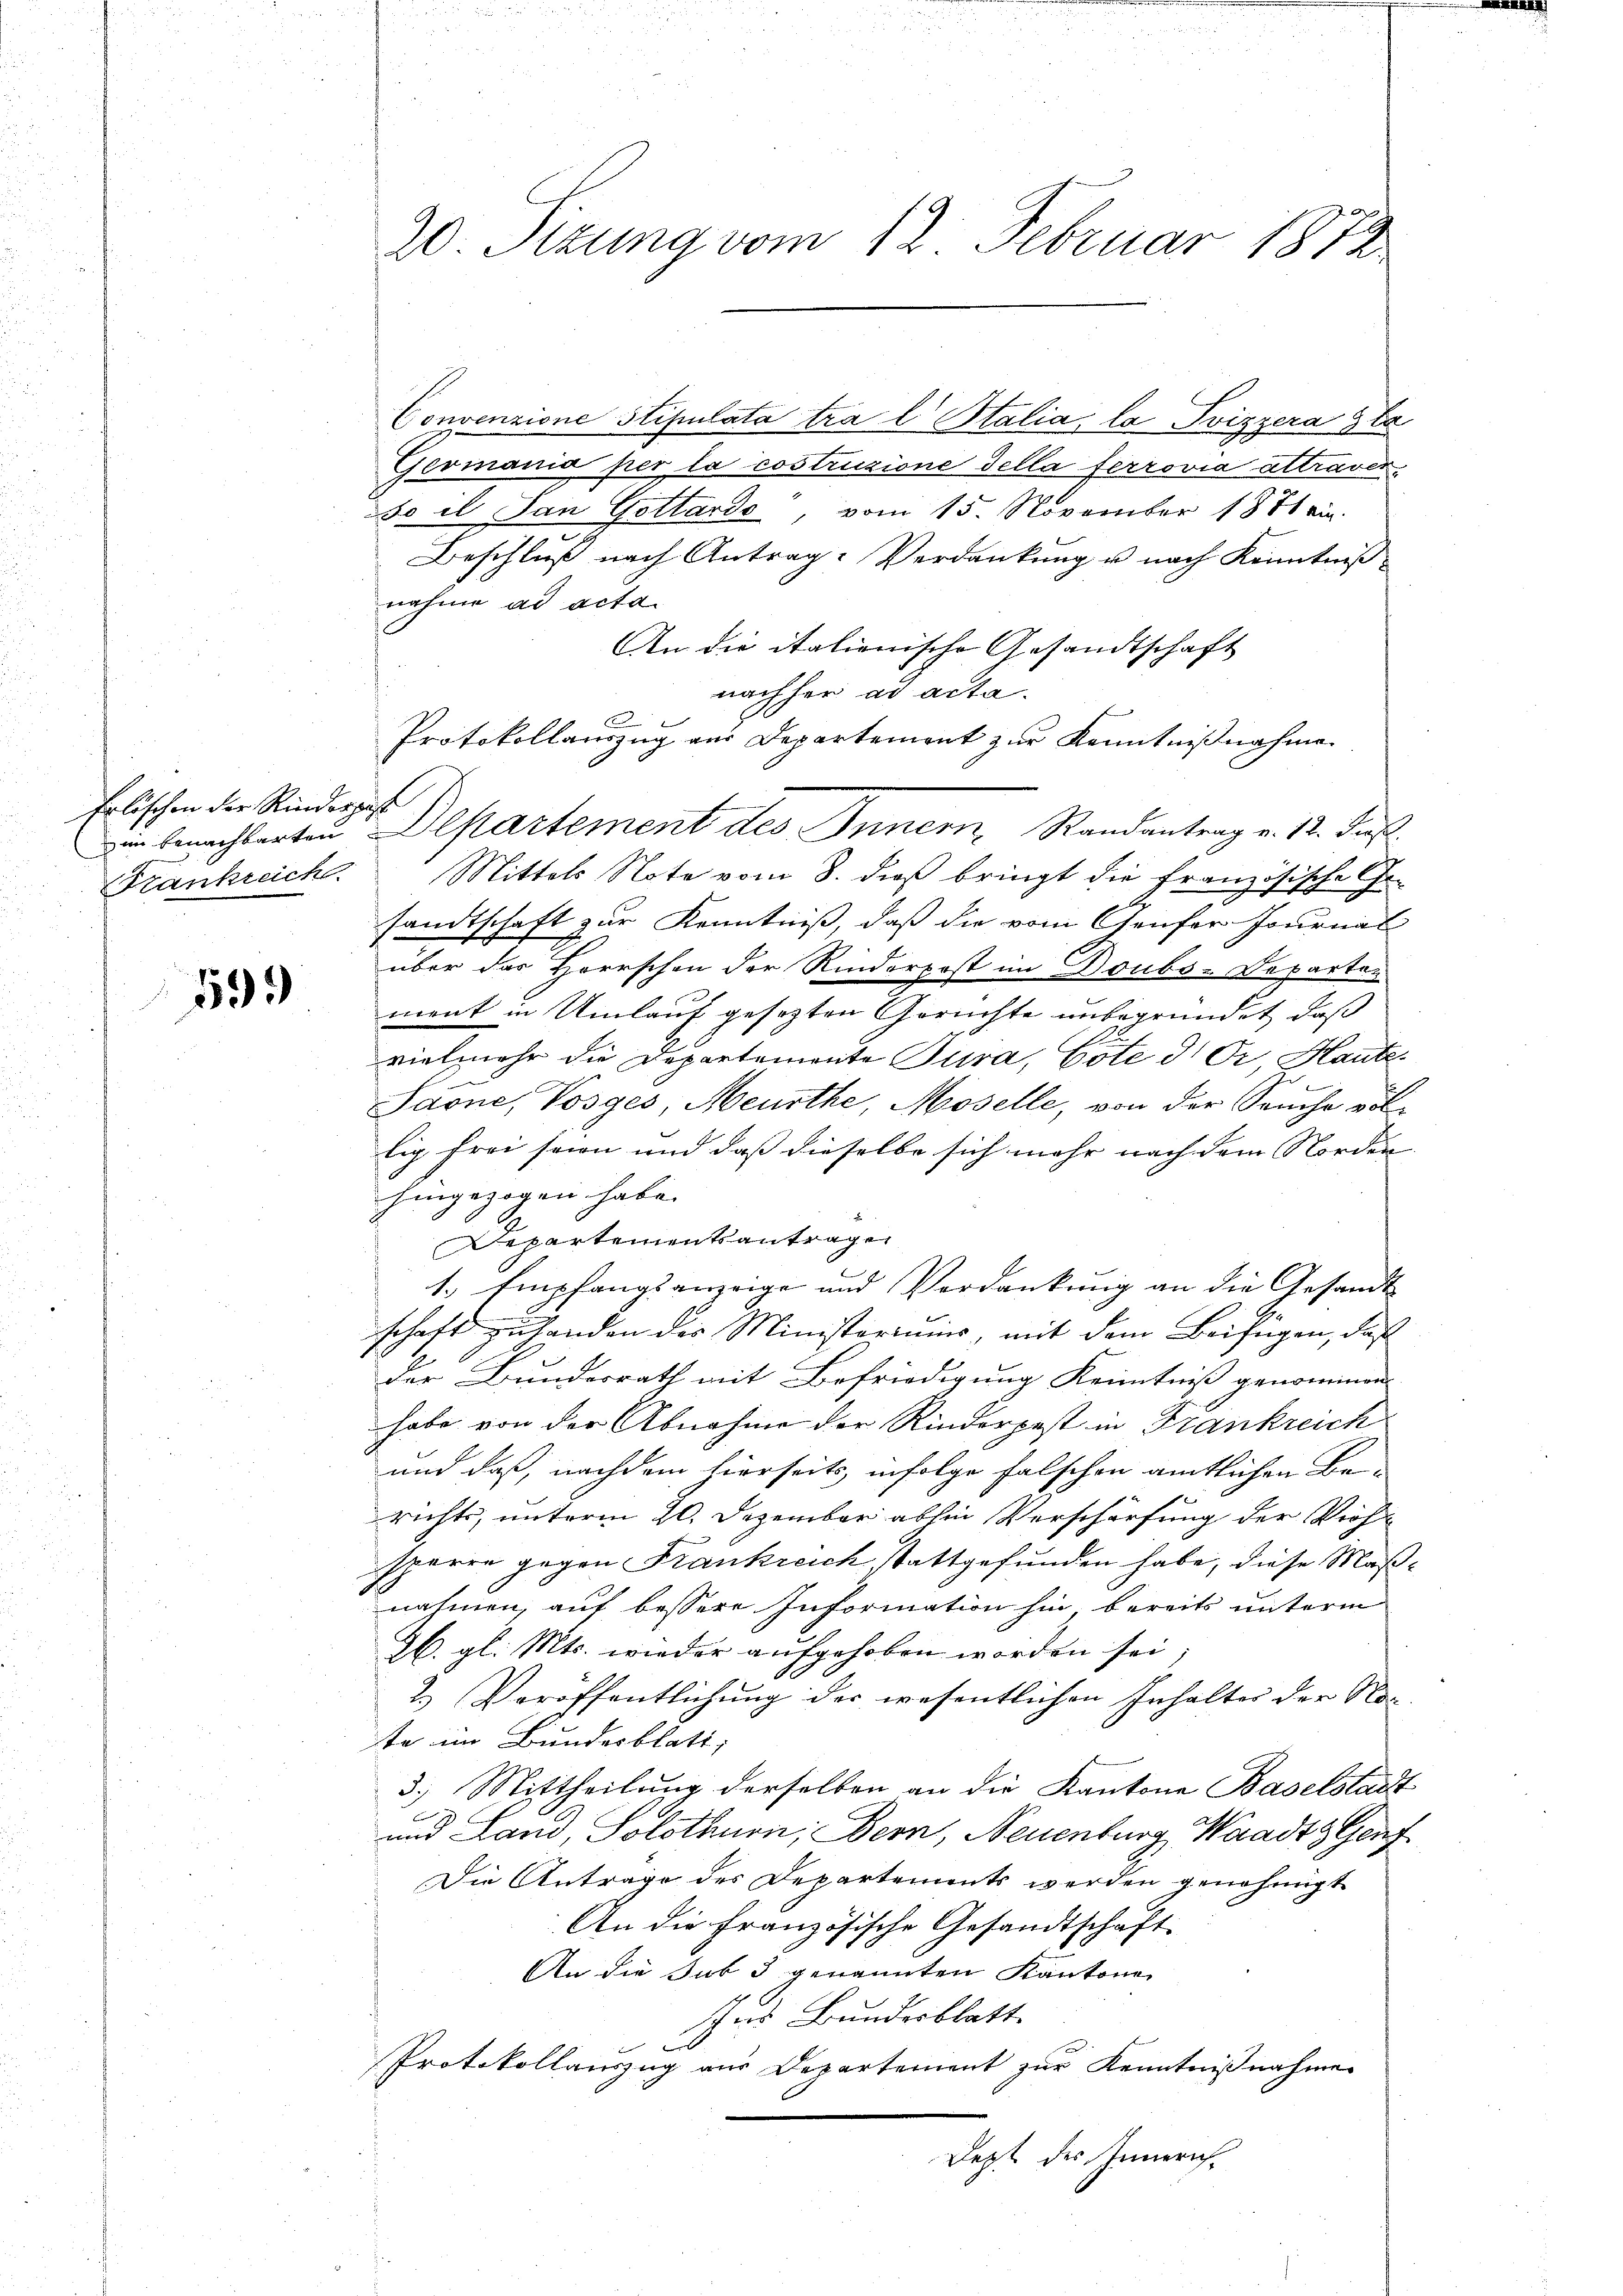
Erlischen der Rinderst
Frankreicht.

599

20. Sizung vom 12. Februar 1872.

Convenzione Stipulata tra l Stalia, la Svizzera gla
Germania per la costruzione della ferrovia attraverdo il San Gottardo, vom 15. November 1871 ein.
Beschluß nach Antrag: Verdankung u nach Kenntniß
nahme ad acta
An die italienische Gesandtschaft
nachher ad acta.
Protokollauszug aus Departement zur Kenntnißnahme
ein benachbarten Departement des Innern, Randantrag v. 12. Fuß.
Mittels Note vom 8. dieß bringt die französische Ge-
sandtschaft zur Kenntniß, daß die vom Genfer Journal
über das Herrschen der Rinderpost im Doubs-Departen
ment in Umlauf gesezten Gerichte unbegründet, daß
vielmehr die Departemente Jura, Cote d. Dr. Haute.
Saone, Vosges, Meurthe, Moselle, von der Seuche voll-
lig frei seien und daß dieselbe sich mehr nach dem Norden |
hingezogen habe.
Departementsantragen
1. Empfangsanzeige und Verdankung an die Gesandt
schaft zu handen des Ministeriums, mit dem Beifügen, daß
der Bundesrath mit Befriedigung Kenntniß genommen
habe von der Abnahme der Rinderpest in Frankreich
und daß, nachdem hierseits infolge falschen amtlichen Be-
richts, unterm 20. Dezember abhin Verschärfung der Verh
sperre gegen Frankreich stattgefunden habe, diese Maßnahmen, auf bessere Information hin, bereits unterm
26. gl. Mts. wieder aufgehoben worden sei;
2.) Veröffentlichung der wesentlichen Inhalter der No-
te im Bundesblatt,
3.) Mittheilung derselben an die Kantone Baselstadt
und Land, Solothurn, Bern, Neuenburg, Waadt Genf
Die Anträge des Departements werden genehmigt
An die Französische Gesandtschaft.
An die sub 3 genannten Kantone
Ins Bundesblatt.
b
Protokollauszug aus Departement zur Kenntnißnahme
Dept des Innerich,